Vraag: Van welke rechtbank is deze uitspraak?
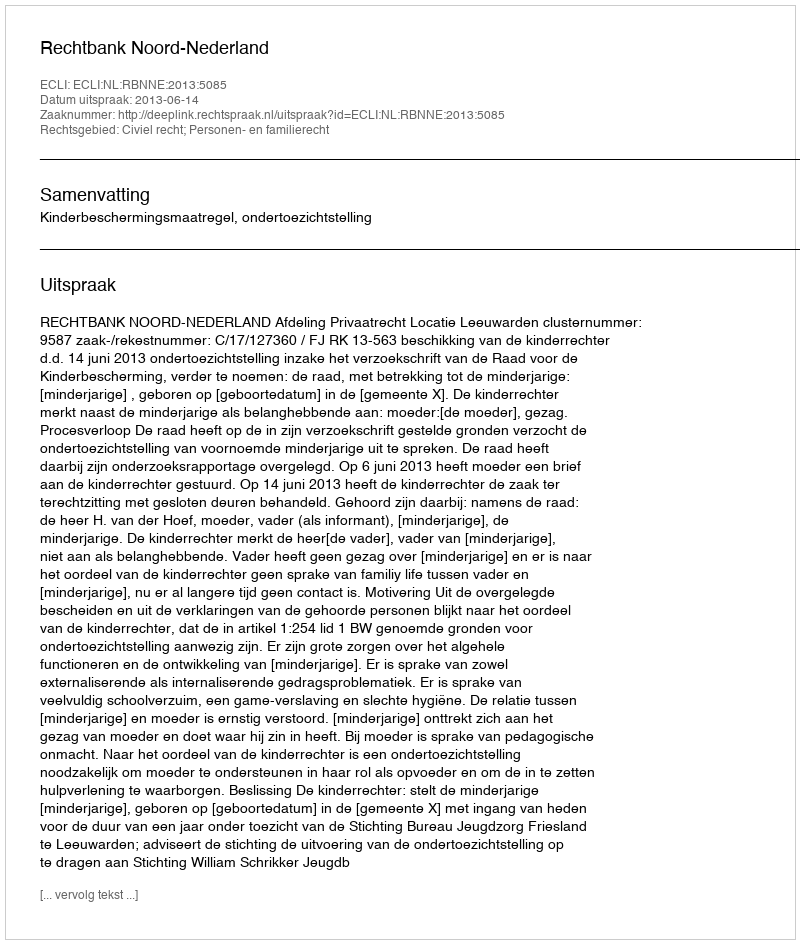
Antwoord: Rechtbank Noord-Nederland